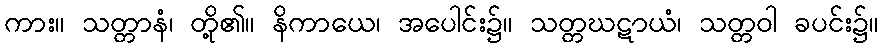
ကား။ သတ္တာနံ၊ တို့၏။ နိကာယေ၊ အပေါင်း၌။ သတ္တဃဋာယံ၊ သတ္တဝါ ခပင်း၌။